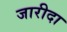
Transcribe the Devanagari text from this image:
जारीदा